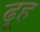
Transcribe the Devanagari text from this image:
ढूह